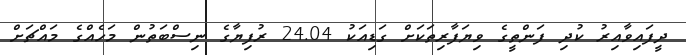
ދީފައިވާއިރު ކުދި ފަންތީގެ ވިޔަފާރިތަކަށް ގަޑިއަކު 24.04 ރުފިޔާގެ ނިސްބަތުން މަހެއްގެ މައްޗަށް